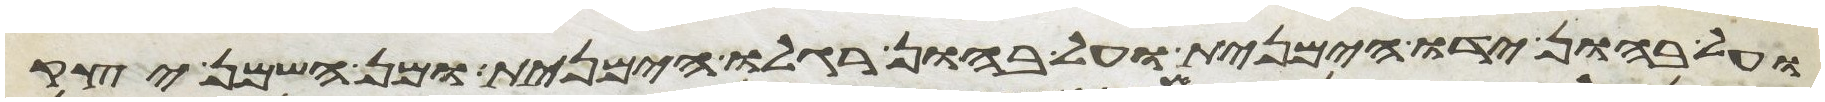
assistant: ועל בהון ידו הימנית ועל בהון רגלו הימנית ומן השמן יצק